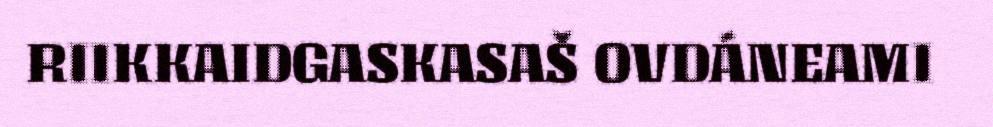
RIIKKAIDGASKASAŠ OVDÁNEAMI